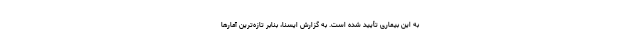
به این بیماری تأیید شده است. به گزارش ایسنا، بنابر تازه‌ترین آمارها